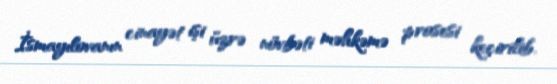
İsmayılovanın cinayət işi üzrə növbəti məhkəmə prosesi keçirilib.